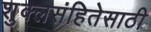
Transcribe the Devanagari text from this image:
शुक्लसंहितेसाठी